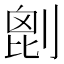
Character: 𠞇